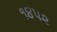
૧૪૫૨